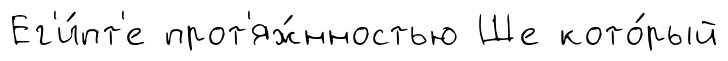
Ег'и́пт'е прот'яж́нностью Ше кото́рый